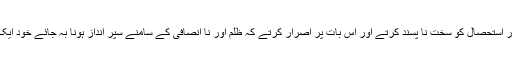
وہ جبر اور استحصال کو سخت نا پسند کرتے اور اس بات پر اصرار کرتے کہ ظلم اور نا انصافی کے سامنے سپر انداز ہونا بہ جائے خود ایک ظلم ہے۔